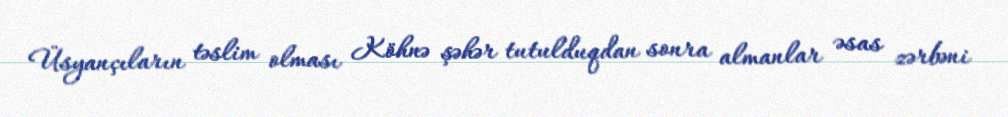
Üsyançıların təslim olması Köhnə şəhər tutulduqdan sonra almanlar əsas zərbəni